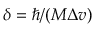
\delta = \hbar / ( M \Delta v )